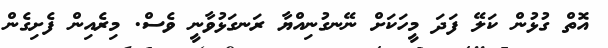
އޮތް ގުޅުން ކަލޭ ފަދަ މީހަކަށް ނޭނގުނިއްޔާ ރަނގަޅުވާނީ ވެސް. މިރެއިން ފެށިގެން